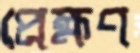
প্রেক্ষণ